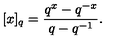
[ x ] _ { q } = \frac { q ^ { x } - q ^ { - x } } { q - q ^ { - 1 } } .